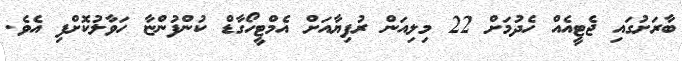
ބާރަށުގައި ޖެޓީއެއް ހެދުމަށް 22 މިލިއަން ރުފިޔާއަށް އެމްޓީހޯގާޑް ކުންފުންޏާ ހަވާލުކޮށްފި އެވެ.